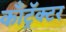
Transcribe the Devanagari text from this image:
काँट्रॅक्टर